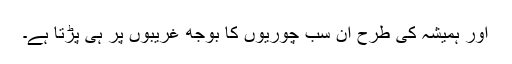
اور ہمیشہ کی طرح ان سب چوریوں کا بوجھ غریبوں پر ہی پڑتا ہے۔